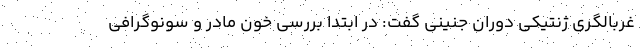
غربالگری ژنتیکی دوران جنینی گفت: در ابتدا بررسی خون مادر و سونوگرافی